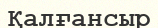
Қалғансыр